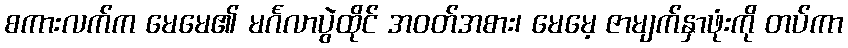
စကားလက်က မေမေ၏ မင်္ဂလာပွဲထိုင် အဝတ်အစား၊ မေမေ့ ဇာမျက်နှာဖုံးကို တပ်ကာ